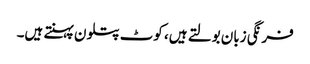
فرنگی زبان بولتے ہیں، کوٹ پتلون پہنتے ہیں۔